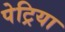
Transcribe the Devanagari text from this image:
पेट्रिया